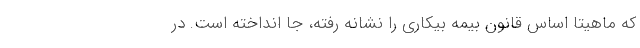
که ماهیتا اساس قانون بیمه بیکاری را نشانه رفته، جا انداخته است. در